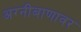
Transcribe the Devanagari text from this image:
अग्नीबाणावर